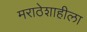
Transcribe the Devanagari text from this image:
मराठेशाहीला